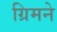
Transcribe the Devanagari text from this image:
ग्रिमने